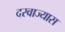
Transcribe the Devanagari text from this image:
दरवाज्यास